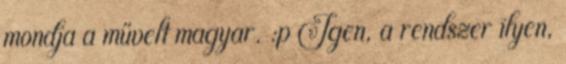
mondja a művelt magyar. :p Igen, a rendszer ilyen,